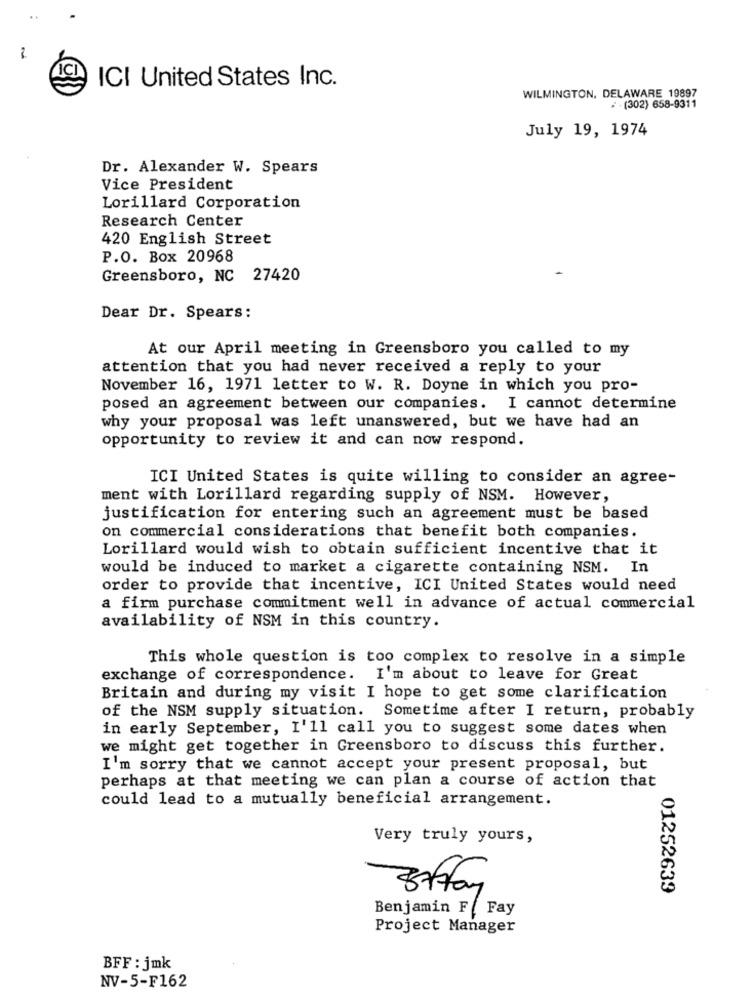
-
ICI
ICI United States Inc.
WILMINGTON, DELAWARE 19897
/ (302) 658-9311
July 19, 1974
Dr. Alexander W. Spears
Vice President
Lorillard Corporation
Research Center
420 English Street
P.O. Box 20968
Greensboro, NC 27420
Dear Dr. Spears:
At our April meeting in Greensboro you called to my
attention that you had never received a reply to your
November 16, 1971 letter to W. R. Doyne in which you pro-
posed an agreement between our companies. I cannot determine
why your proposal was left unanswered, but we have had an
opportunity to review it and can now respond.
ICI United States is quite willing to consider an agree-
ment with Lorillard regarding supply of NSM. However,
justification for entering such an agreement must be based
on commercial considerations that benefit both companies.
Lorillard would wish to obtain sufficient incentive that it
would be induced to market a cigarette containing NSM. In
order to provide that incentive, ICI United States would need
a firm purchase commitment well in advance of actual commercial
availability of NSM in this country.
This whole question is too complex to resolve in a simple
exchange of correspondence. I'm about to leave for Great
Britain and during my visit I hope to get some clarification
of the NSM supply situation. Sometime after I return, probably
in early September, I'll call you to suggest some dates when
we might get together in Greensboro to discuss this further.
I'm sorry that we cannot accept your present proposal, but
perhaps at that meeting we can plan a course of action that
could lead to a mutually beneficial arrangement.
Very truly yours,
01252639
Benjamin F _ Fay
Project Manager
BFF : jmk
NV-5-F162